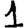
Digit: 1